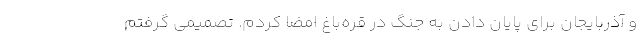
و آذربایجان برای پایان دادن به جنگ در قره‌باغ امضا کردم. تصمیمی گرفتم